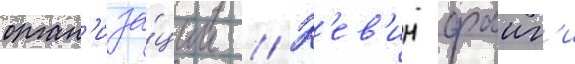
орган'иза́ции // К'ев'ин фаиг'и